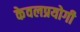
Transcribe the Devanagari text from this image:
केवलप्रयोगी